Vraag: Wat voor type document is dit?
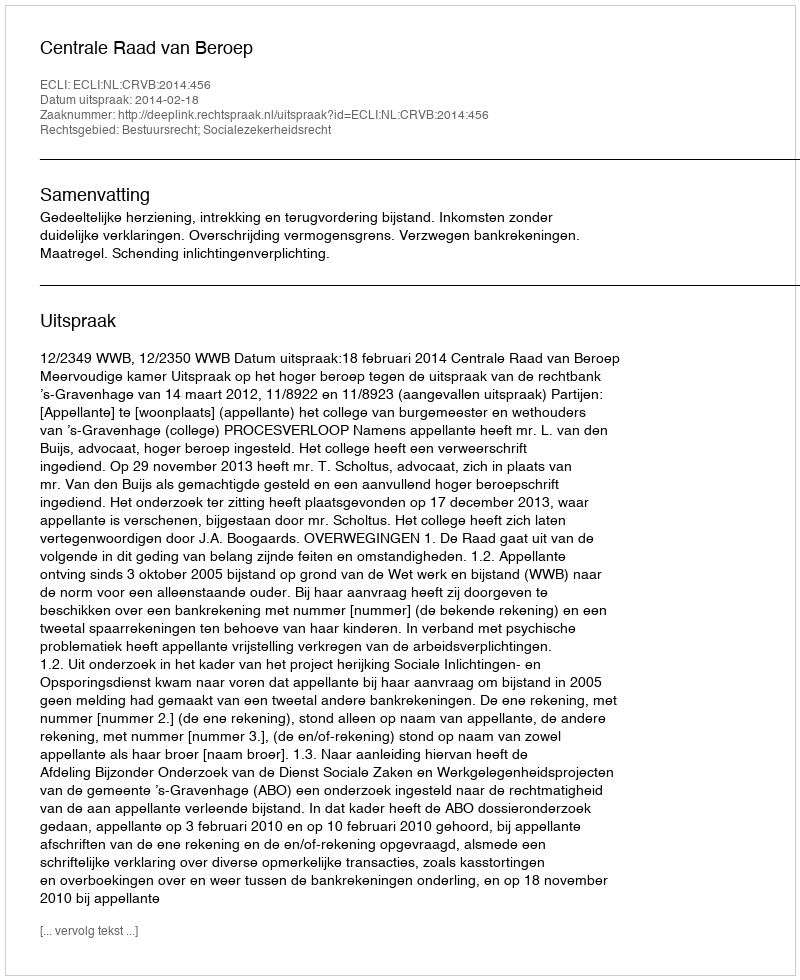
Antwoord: Uitspraak